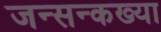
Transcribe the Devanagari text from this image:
जन्सन्कख्या